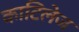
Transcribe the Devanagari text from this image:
काटिलेज